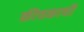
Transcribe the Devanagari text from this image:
कीचकाची